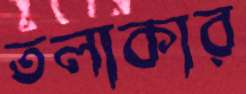
তলাকার